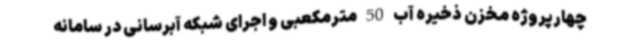
چهارپروژه مخزن ذخیره آب 50 مترمکعبی و اجرای شبکه آبرسانی در سامانه